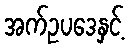
အက်ဥပဒေနှင့်